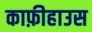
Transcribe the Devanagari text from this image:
काफ़ीहाउस